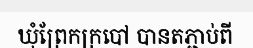
ឃុំព្រែកក្របៅ បានតភ្ជាប់ពី